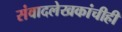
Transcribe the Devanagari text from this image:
संवादलेखकांचीही